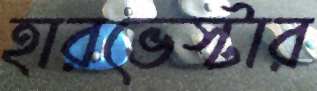
হারভেস্টার